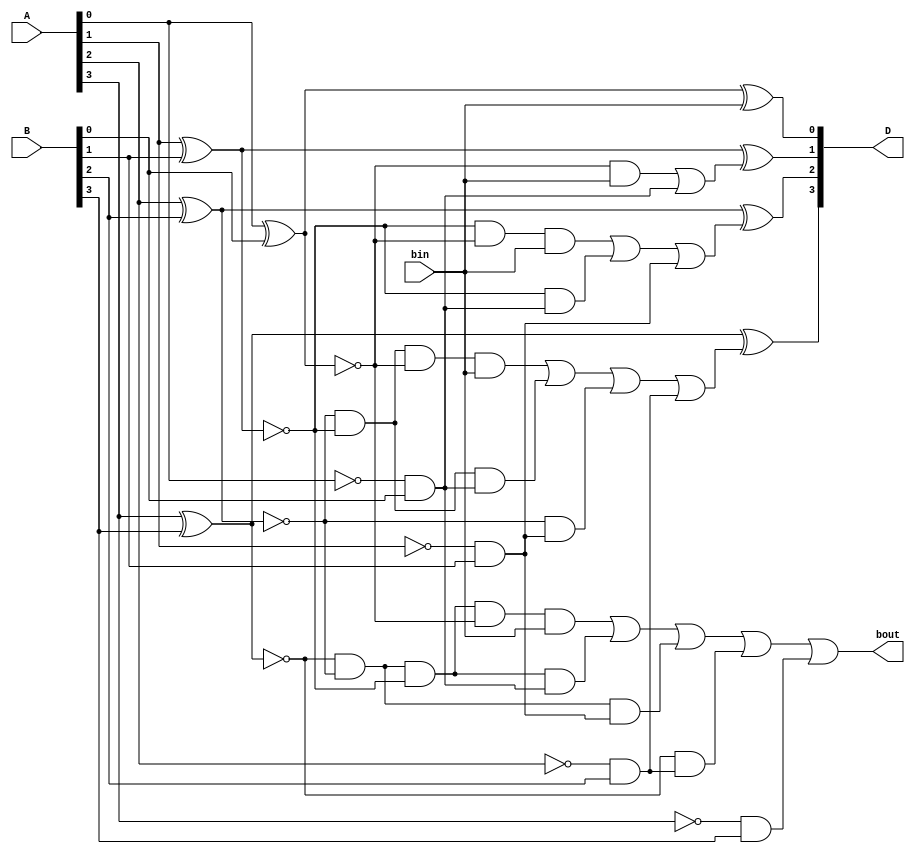
module Lab2_4_bit_BLS_gatelevel(input [3:0] A,B, input bin, output [3:0] D, output bout);
    wire b1,b2,b3,p0,p1,p2,p3,g0,g1,g2,g3,na0,na1,na2,na3,np0,np1,np2,np3;
    wire [10:1] temp;
    
    xor #(4) P0(p0,A[0],B[0]);
    xor #(4) P1(p1,A[1],B[1]);
    xor #(4) P2(p2,A[2],B[2]);
    xor #(4) P3(p3,A[3],B[3]);

    not N0(na0,A[0]);
    not N1(na1,A[1]);
    not N2(na2,A[2]);
    not N3(na3,A[3]);

    and #(2) G0(g0,na0,B[0]);
    and #(2) G1(g1,na1,B[1]);
    and #(2) G2(g2,na2,B[2]);
    and #(2) G3(g3,na3,B[3]);

    not NP0(np0,p0);
    not NP1(np1,p1);
    not NP2(np2,p2);
    not NP3(np3,p3);

    and #(2) T1(temp1,np0,bin);
    and #(2) T2(temp2,np1,np0,bin);
    and #(2) T3(temp3,np1,g0);
    and #(2) T4(temp4,np2,np1,np0,bin);
    and #(2) T5(temp5,np2,np1,g0);
    and #(2) T6(temp6,np2,g1);
    and #(2) T7(temp7,np3,np2,np1,np0,bin);
    and #(2) T8(temp8,np3,np2,np1,g0);
    and #(2) T9(temp9,np3,np2,g1);
    and #(2) T10(temp10,np3,g2);


    or #(2) B1(b1,temp1,g0);
    or #(2) B2(b2,temp2,temp3,g1);
    or #(2) B3(b3,temp4,temp5,temp6,g2);
    or #(2) Bout(bout,temp7,temp8,temp9,temp10,g3);

    xor #(4) D0(D[0],p0,bin);
    xor #(4) D1(D[1],p1,b1);
    xor #(4) D2(D[2],p2,b2);
    xor #(4) D3(D[3],p3,b3);


endmodule